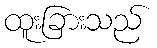
ထူးခြားသည်